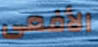
الأفعى